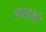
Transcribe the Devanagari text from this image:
साखली